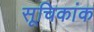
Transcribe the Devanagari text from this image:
सूचिकांक